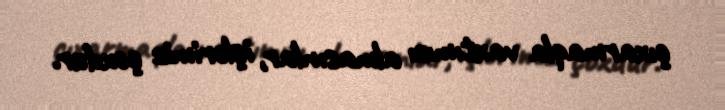
çıxarmaqla vaxtımızı almasınlar, işlərimiz çoxdur.